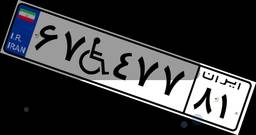
۶۷W۴۷۷۸۱